Punjab Mental Hospital Lahore 1922-31 - 1922-1931
Year: 1922
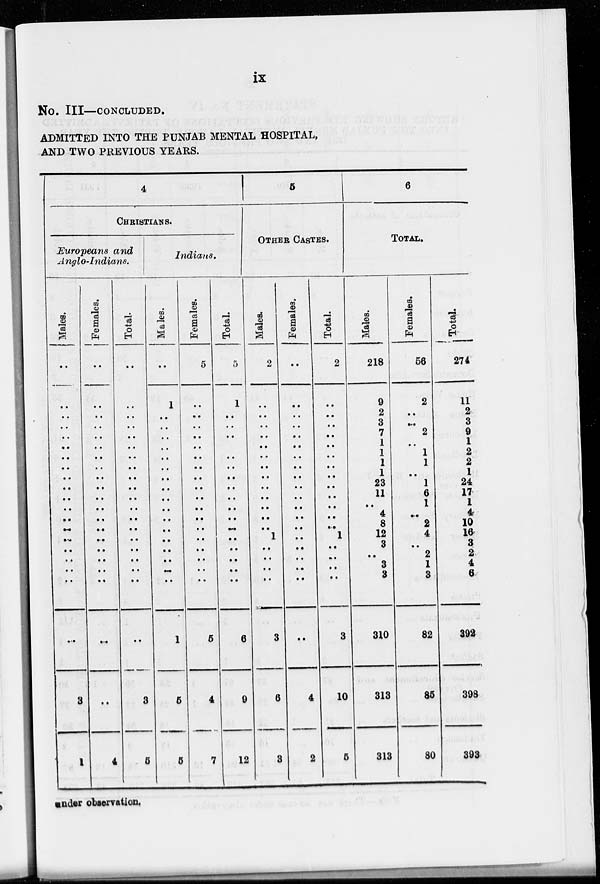
ix
No. III—CONCLUDED.
ADMITTED INTO THE PUNJAB MENTAL HOSPITAL,
AND TWO PREVIOUS YEARS.
4
CHRISTIANS.
Europeans and
Anglo-Indians.
Males.
..
..
..
..
..
..
..
..
..
..
..
..
..
..
..
..
..
..
..
..
3
1
Females.
..
..
..
..
..
..
..
..
..
..
..
..
..
..
..
..
..
..
..
..
..
4
Total.
..
..
..
..
..
..
..
..
..
..
..
..
..
..
..
..
..
..
..
..
3
5
Indians.
Males.
..
1
..
..
..
..
..
..
..
..
..
..
..
..
..
..
..
..
..
1
5
5
Females.
5
..
..
..
..
..
..
..
..
..
..
..
..
..
..
..
..
..
..
5
4
7
Total.
5
1
..
..
..
..
..
..
..
..
..
..
..
..
..
..
..
..
..
6
9
12
5
OTHER CASTES.
Males.
2
..
..
..
..
..
..
..
..
..
..
..
..
..
1
..
..
..
..
3
6
3
Females.
..
..
..
..
..
..
..
..
..
..
..
..
..
..
..
..
..
..
..
..
4
2
Total.
2
..
..
..
..
..
..
..
..
..
..
..
..
..
1
..
..
..
..
3
10
5
6
TOTAL.
Males.
218
9
2
3
7
1
1
1
1
23
11
..
4
8
12
3
..
3
3
310
313
313
Females.
56
2
..
..
2
..
1
1
..
1
6
1
..
2
4
..
2
1
3
82
85
80
Total.
274
11
2
3
9
1
2
2
1
24
17
1
4
10
16
3
2
4
6
392
398
393
under observation.